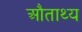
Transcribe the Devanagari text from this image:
औताथ्य